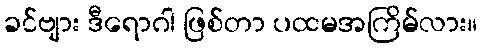
ခင်ဗျား ဒီရောဂါ ဖြစ်တာ ပထမအကြိမ်လား။